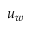
u _ { w }